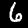
Label: 6